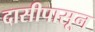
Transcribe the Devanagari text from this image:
दासीपासून